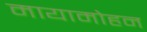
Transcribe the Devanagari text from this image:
मायामोहन